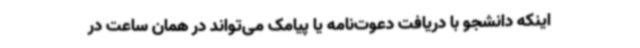
اینکه دانشجو با دریافت دعوت‌نامه یا پیامک می‌تواند در همان ساعت در